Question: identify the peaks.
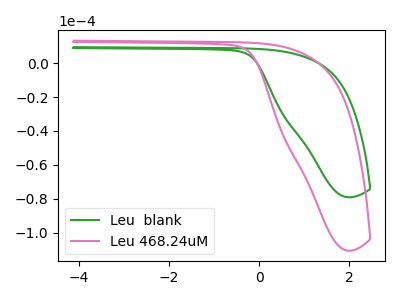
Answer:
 <answer>The green curve "Leu  blank" has no peaks. The pink curve "Leu 468.24uM" has no peaks.</answer>
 <eval></eval>